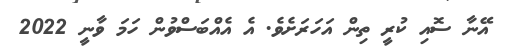
އޭނާ ސޮއި ކުރީ ތިން އަހަރަށެވެ. އެ އެއްބަސްވުން ހަމަ ވާނީ 2022